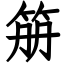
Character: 笧